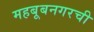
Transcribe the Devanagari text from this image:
महबूबनगरची